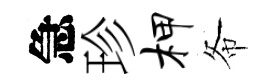
急珍柙𢁙